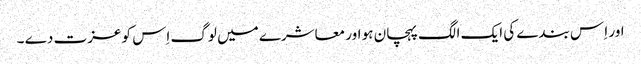
اور اِ س بندے کی ایک الگ پہچان ہو اور معاشرے میں لوگ اِس کو عزت دے ۔